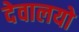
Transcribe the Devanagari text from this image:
देवालयो